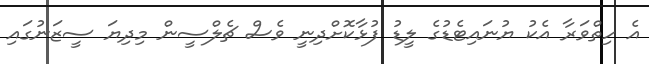
އެ ހިތްވަރާ އެކު ޔުނައިޓެޑުގެ ލީޑު ފުޅާކޮށްދިނީ ވެސް ޗެލްސީން މިދިޔަ ސީޒަނުގައި